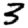
Digit: 3